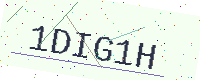
Text: 1DIG1H